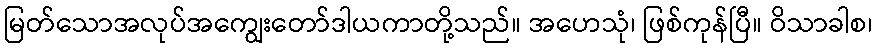
မြတ်သောအလုပ်အကျွေးတော်ဒါယကာတို့သည်။ အဟေသုံ၊ ဖြစ်ကုန်ပြီ။ ဝိသာခါစ၊